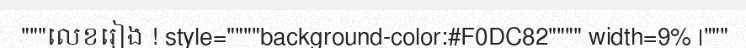
"""លេខរៀង ! style=""""background-color:#F0DC82"""" width=9% |"""